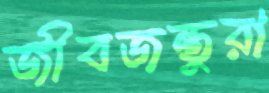
জীবজন্তুরা